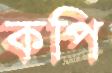
কপি